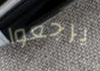
يرجعوا